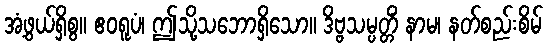
အံ့ဖွယ်ရှိစွ။ ဧဝရူပံ၊ ဤသို့သဘောရှိသော။ ဒိဗ္ဗသမ္ပတ္တိံ နာမ၊ နတ်စည်းစိမ်